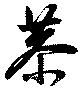
恭